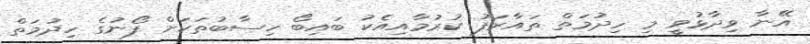
އޭނާ ވިދާޅުވީ މި ހިދުމަތް ތައާރަފު ކުރުމާއިއެކު ބައިބޯ ހިސާބުތަކަށް ފޯނުގެ ހިދުމަތް